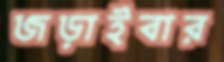
জড়াইবার